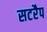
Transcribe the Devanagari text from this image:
सटरैप